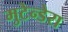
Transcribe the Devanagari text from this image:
मुटेन्डेरा